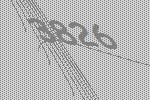
3826